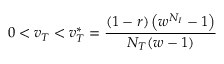
0 < v _ { T } < v _ { T } ^ { * } = \frac { ( 1 - r ) \left( w ^ { N _ { I } } - 1 \right) } { N _ { T } ( w - 1 ) }